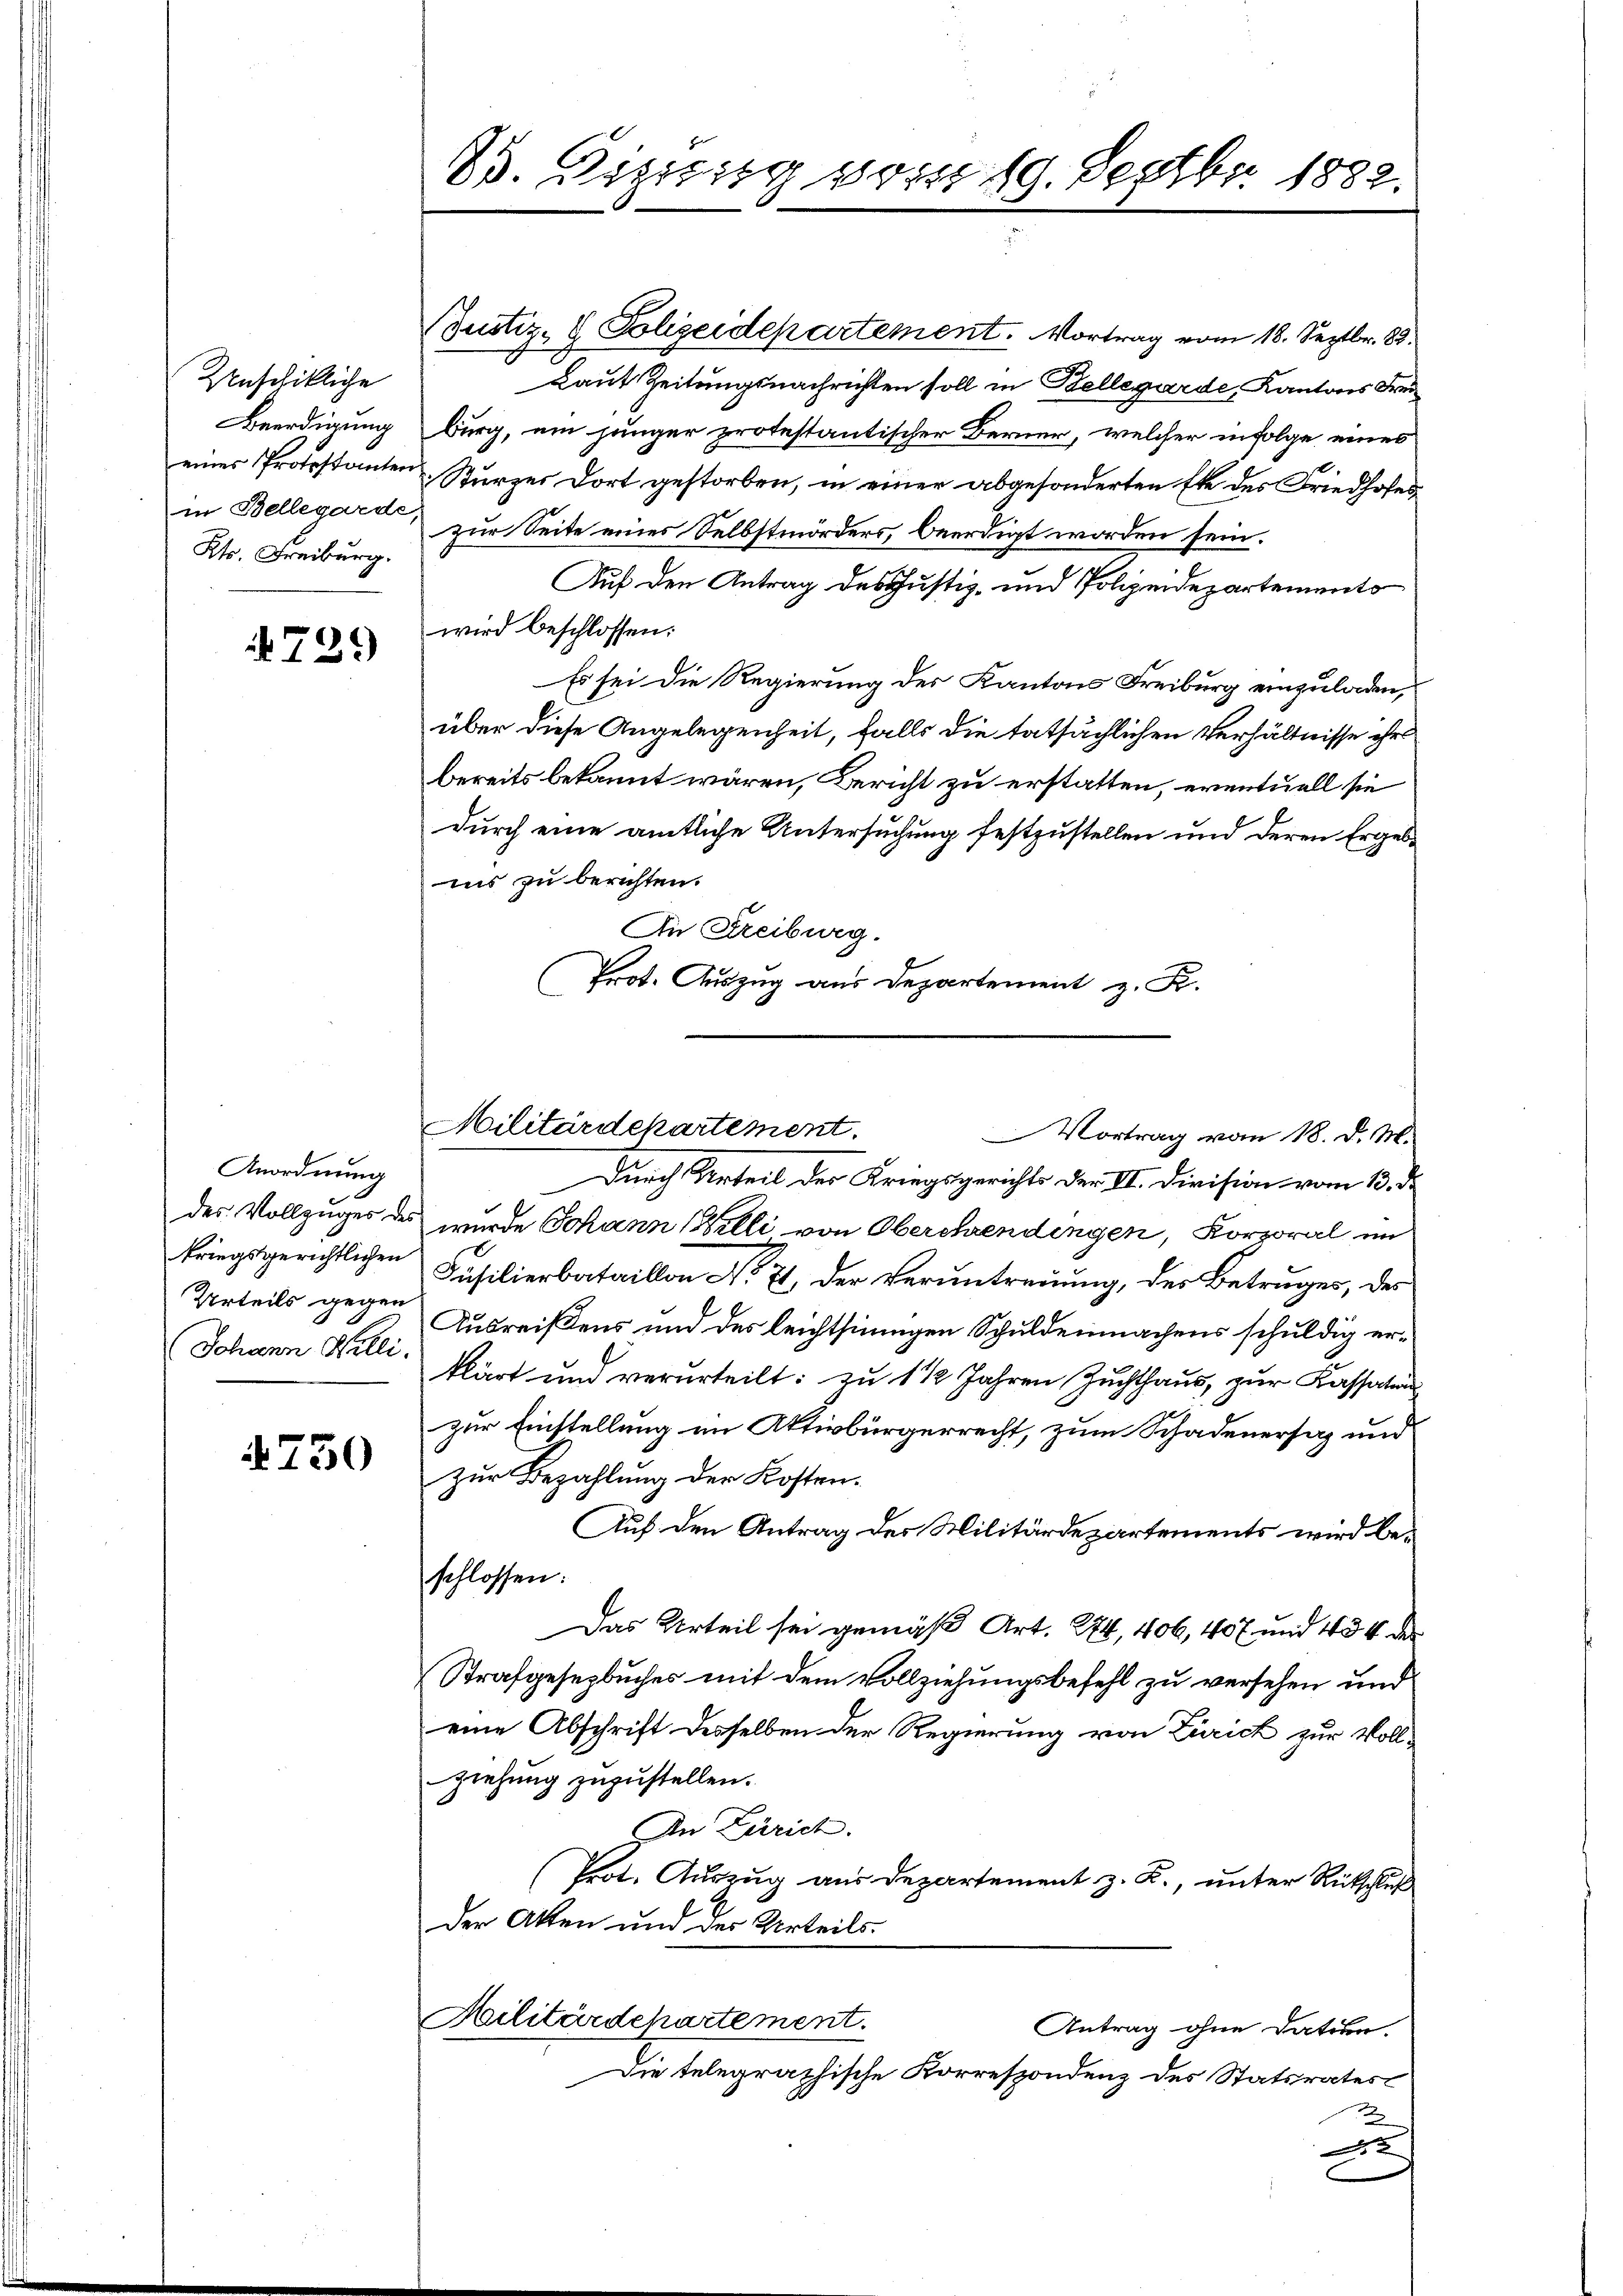
Unschikliche
Beerdigung
eines Protestanten
in Bellegarde
Kts. Freiburg.

729

Anordnung
kriegsgerichtlichen
Urteils gegen
Johann Willi

4750

33. Diszig vom 19. Septbr. 1882.

Justiz- & Polizeidepartement. Vortrag vom 18. Septbr. 88.
Laut Zeitungsnachrichten soll in Bellegarde, Kantons Freiburg, ein jünger protestantischer Berner, welcher infolge eines
Sturzer dort gestorben, in einer abgesonderten Ehe des Friedhofes
zur Seite eines Selbstmörders, beerdigt worden sein.
Auf den Antrag des Justiz- und Polizeidepartements
wird beschlossen:
Es sei die Regierung des Kantons Freiburg einzuladen,
über diese Angelegenheit, falls die tatsächlichen Verhältnisse ihr
bereits bekannt wären, Bericht zu erstatten, eventuell sie
durch eine amtliche Untersuchung festzustellen und deren Ergebins zu berichten.
An Streiburg.
Prot. Auszug aus Departement z. K.

Militärdekartement.
Vortrag vom 18. d. M.

Durch Urteil des Kriegsgerichts der II. Division vom 13. d.
des Vollzuges des wurde Johann (Belli von Oberchendingen, Korporal im
Füsilierbataillon No 71, der Veruntreuung, des Betruges, des
Ausreißens und des leichtsinnigen Schuldenmachens schuldig erklärt und verurteilt: zu 1 1/2 Jahren Zuchthaus, zur Kassation
zur Einstellung im Aktivbürgerrecht, zum Schadenersaz und
zur Bezahlung der Kosten.
Auf den Antrag des Militärdepartements wird beschlossen:
Das Urteil sei gemäß Art. 274, 406, 407 und 434 des
Strafgesezbuches mit dem Vollziehungsbefehl zu versehen und
eine Abschrift desselben der Regierung von Zürich zur Vollziehung zuzustellen.
In Zürich.
Prot. Auszug aus Departement z. R., unter Rütschluß
Der Atten und der Urteils.
Militärdchartement.
Antrag ohne dation.
Die telegraphische Korrespondenz des Statsrates
2
2